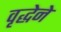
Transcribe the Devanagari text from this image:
वृद्धेने